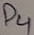
Text: D4